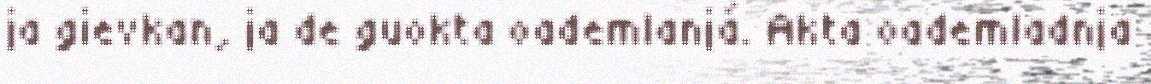
ja gievkan, ja de guokta oademlanjá. Akta oademladnja